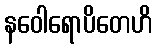
နဝေါရောပိတေဟိ